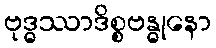
ဗုဒ္ဓဿာဒိစ္စဗန္ဓုနော